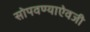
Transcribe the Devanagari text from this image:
सोपवण्याऐवजी